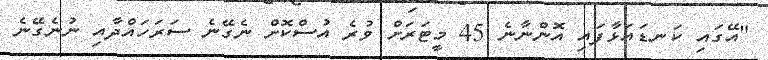
"އޭގައި ކަނޑައަޅާފައި އޮންނާނެ 45 މީޓަރަށް ވުރެ އުސްކޮށް ނެގޭނެ ސަރަހައްދާއި ނުނެގޭނެ